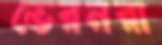
ভেরনরা